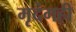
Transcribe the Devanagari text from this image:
मृदंगही